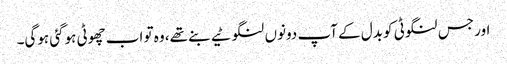
اور جس لنگوٹی کو بدل کے آپ دونوں‌ لنگوٹیے بنے تھے، وہ تو اب چھوٹی ہوگئی ہوگی۔